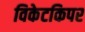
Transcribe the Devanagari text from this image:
विकेटकिपर